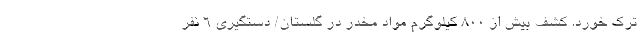
ترک خورد. کشف بیش از 800 کیلوگرم مواد مخدر در گلستان/ دستگیری 6 نفر